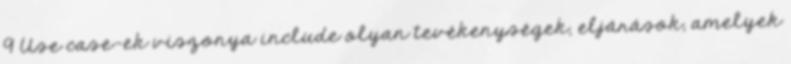
9 Use case-ek viszonya include olyan tevékenységek, eljárások, amelyek